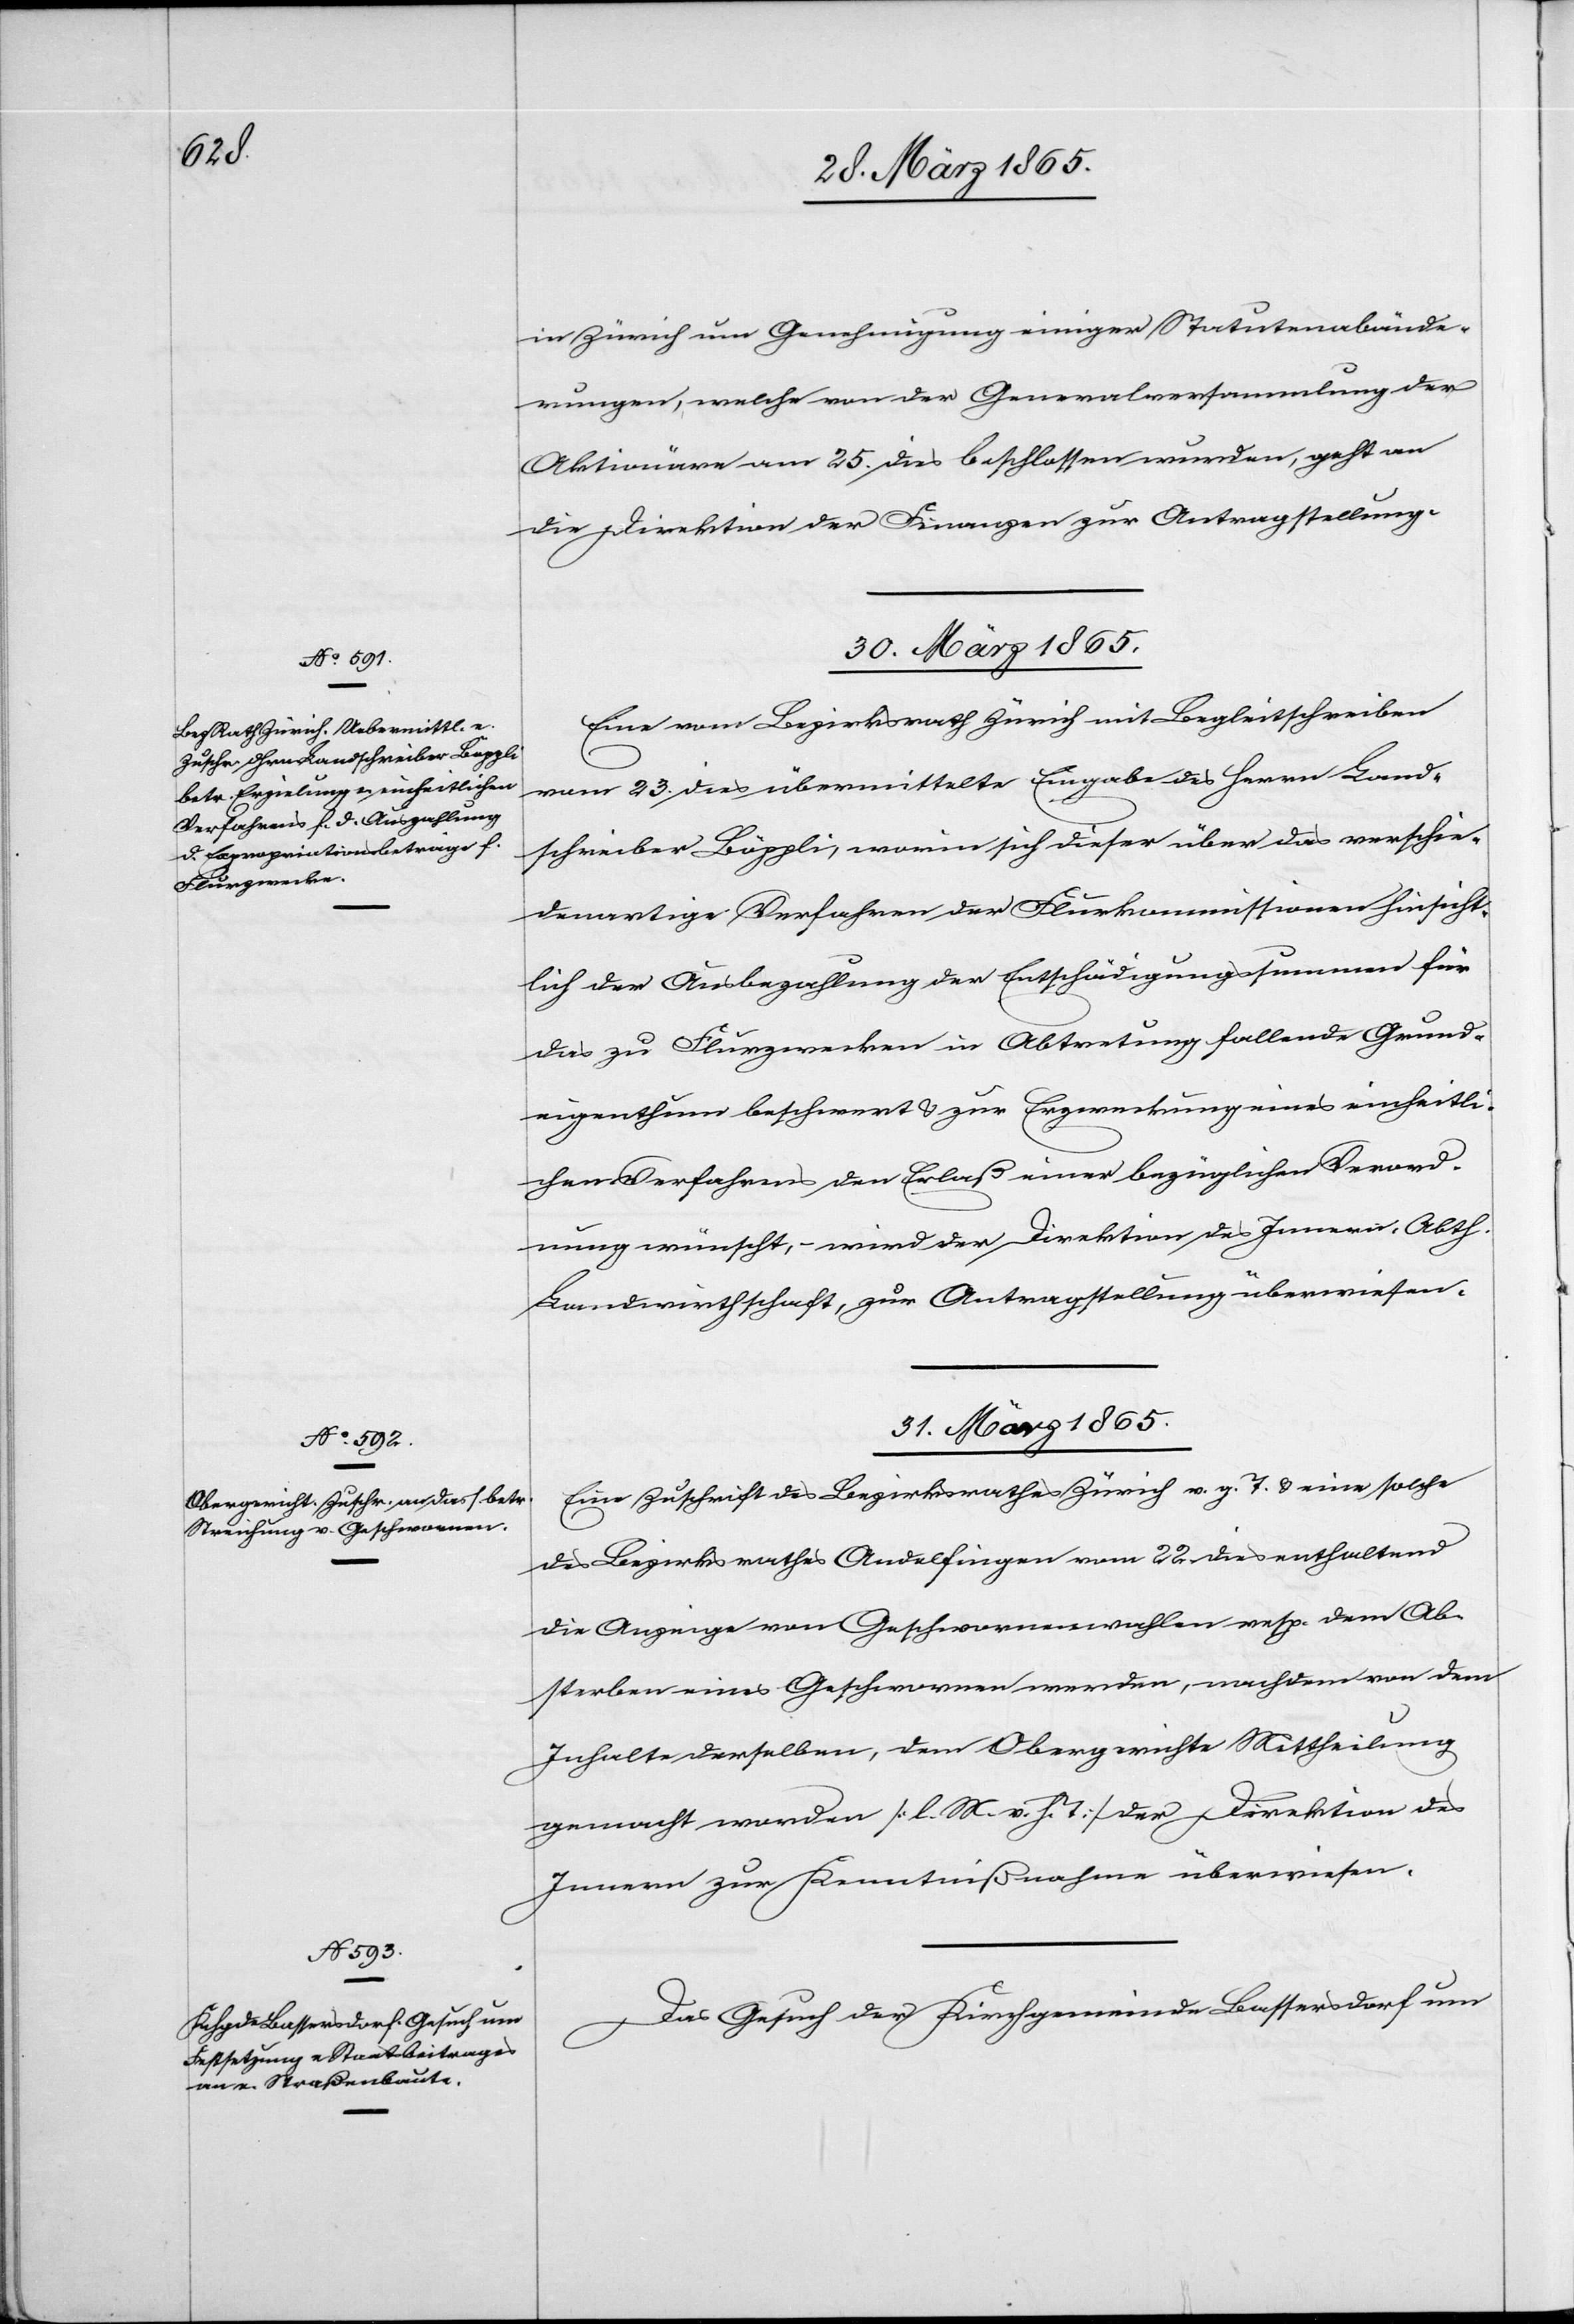
in Zürich um Genehmigung einiger Statutenabände¬
rungen, welche von der Generalversammlung der
Aktionäre am 25. dies beschlossen wurden, geht an
die Direktion der Finanzen zur Antragstellung.
30. März 1865.
Eine vom Bezirksrath Zürich mit Begleitschreiben
vom 23. dies übermittelte Eingabe des Herrn Land¬
schreiber Böppli, worin sich dieser über das verschie¬
denartige Verfahren der Flurkommissionen hinsicht¬
lich der Ausbezahlung der Entschädigungssummen für
das zu Flurzwecken in Abtretung fallende Grund¬
eigenthum beschwert & zur Erzweckung eines einheitli¬
chen Verfahrens den Erlaß einer bezüglichen Verord¬
nung wünscht, wird der Direktion des Innern, Abth.
Landwirthschaft, zur Antragstellung überwiesen.
31. März 1865.]
Eine Zuschrift des Bezirksrathes Zürich v. g. T. & eine solche
des Bezirksrathes Andelfingen vom 22. dies enthaltend
die Anzeige von Geschwornenwahlen resp. dem Ab¬
sterben eines Geschwornen werden, nachdem von dem
Inhalte derselben, dem Obergerichte Mittheilung
gemacht worden [l. M. v. h. T] der Direktion des
Innern zur Kenntnißnahme überwiesen.
Das Gesuch der Kirchgemeinde Bassersdorf um